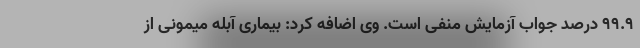
99.9 درصد جواب آزمایش منفی است. وی اضافه کرد: بیماری آبله میمونی از